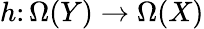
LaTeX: h\colon\Omega(Y)\to\Omega(X)